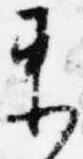
束